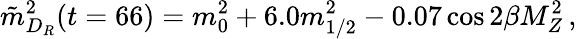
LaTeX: \tilde{m}_{D_{R}}^{2}(t=66)=m_{0}^{2}+6.0m_{1/2}^{2}-0.07\cos{2\beta}M_{Z}^{2}\, ,